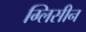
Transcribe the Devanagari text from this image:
ग्लिसीन